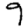
Digit: 9